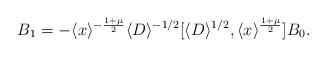
LaTeX: \begin{align*}B_1=-\langle x\rangle^{-\frac{1+\mu}{2}}\langle D\rangle^{-1/2}[\langle D\rangle^{1/2},\langle x\rangle^{\frac{1+\mu}{2}}]B_0.\end{align*}